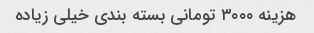
هزینه ٣٠٠٠ تومانی بسته بندی خیلی زیاده